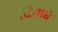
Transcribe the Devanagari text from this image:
दिवारे